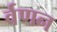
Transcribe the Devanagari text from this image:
र्वणन